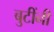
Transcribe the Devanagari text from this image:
बुटींनी